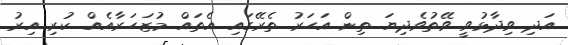
އަދި ވިދާޅުވީ ވޭތުވެދިޔަ ތިން އަހަރު ތެރޭގައި އެތައް މުޒަހަރާއެއް ކުރި އިރު